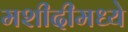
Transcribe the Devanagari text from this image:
मशीदीमध्ये